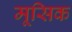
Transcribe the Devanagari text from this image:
मूसिक